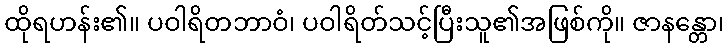
ထိုရဟန်း၏။ ပဝါရိတဘာဝံ၊ ပဝါရိတ်သင့်ပြီးသူ၏အဖြစ်ကို။ ဇာနန္တော၊